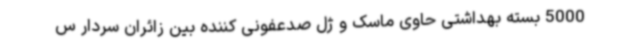
5000 بسته بهداشتی حاوی ماسک و ژل صدعفونی کننده بین زائران سردار س